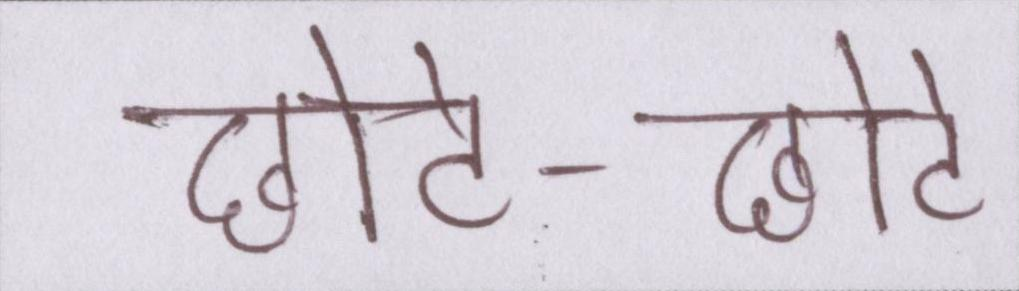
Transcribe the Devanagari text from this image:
छोटे-छोटे